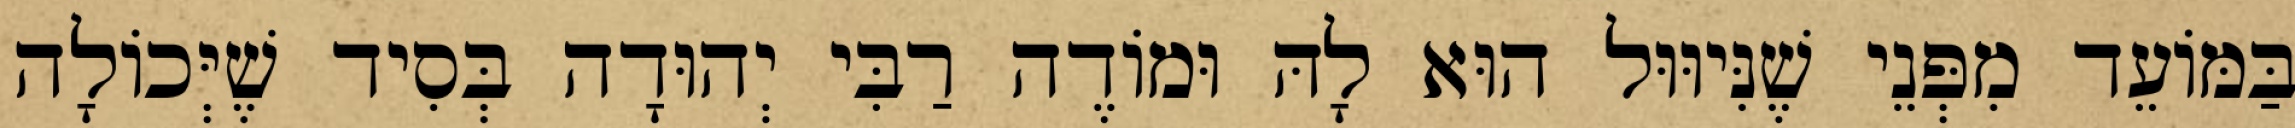
בַּמּוֹעֵד מִפְּנֵי שֶׁנִּיוּוּל הוּא לָהּ וּמוֹדֶה רַבִּי יְהוּדָה בְּסִיד שֶׁיְּכוֹלָה